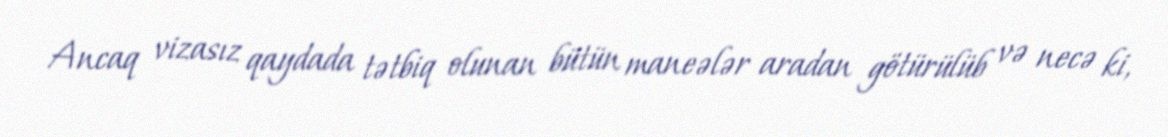
Ancaq vizasız qaydada tətbiq olunan bütün maneələr aradan götürülüb və necə ki,